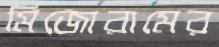
মিজোরামের